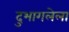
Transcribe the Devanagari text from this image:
दुभागलेला